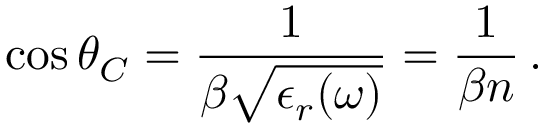
\cos \theta _ { C } = \frac { 1 } { \beta \sqrt { \epsilon _ { r } ( \omega ) } } = \frac { 1 } { \beta n } \, .